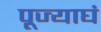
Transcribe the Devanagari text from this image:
पूज्याघं